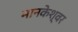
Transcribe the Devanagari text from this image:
मानकेश्वर